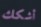
أشكك